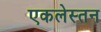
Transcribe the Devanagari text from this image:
एकलेस्तन